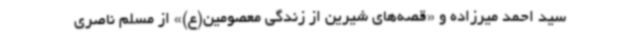
سید احمد میرزاده و «قصه‌های شیرین از زندگی معصومین(ع)» از مسلم ناصری